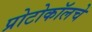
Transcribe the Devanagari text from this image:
प्रोटोकॉलचे